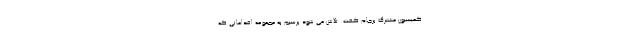
کمیسیون مشترک برجام گفت: تلاش می شود برسیم به مجموعه اقداماتی که